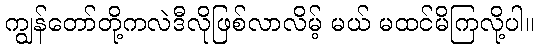
ကျွန်တော်တို့ကလဲဒီလိုဖြစ်လာလိမ့် မယ် မထင်မိကြလို့ပါ။